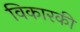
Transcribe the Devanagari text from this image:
विकारकी